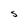
Character: S